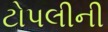
ટોપલીની